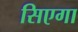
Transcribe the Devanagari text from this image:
सिएगा